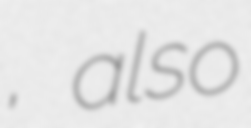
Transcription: پاتوه, also